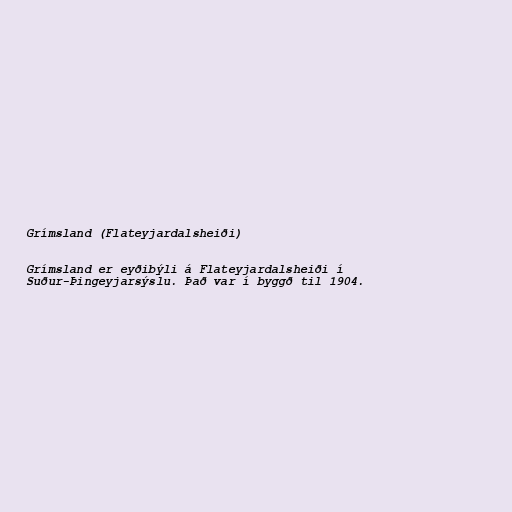
Grímsland (Flateyjardalsheiði)

Grímsland er eyðibýli á Flateyjardalsheiði í
Suður-Þingeyjarsýslu. Það var í byggð til 1904.